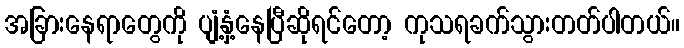
အခြားနေရာတွေကို ပျံ့နှံ့နေပြီဆိုရင်တော့ ကုသရခက်သွားတတ်ပါတယ်။